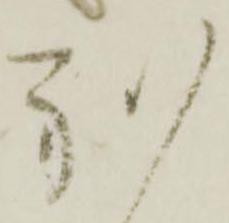
別